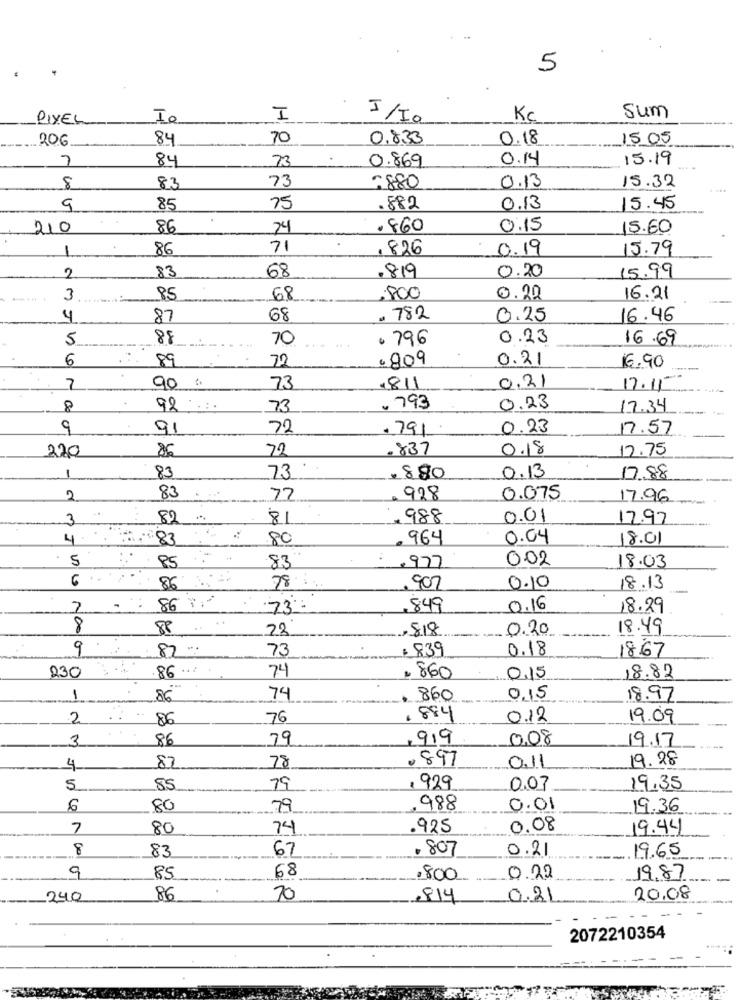
5
PIXEL
Io
I
I/I0
Kc
sum
206
84
70
0.8.33
0.18
1505
7
84
73
0.869
0.14
15.19
73
15.32
8
83
1880
0.13
9
85
75
. 882
0.13
15.45
210
86
74
.860
0:15
15.60
1
86
71
. 826
0.19
15.79
0.20
2
83
68
.819
15.99
3
85
68
800
0.20
16.21
4
87
68
. 782
0.25
16.46
5
88
70
. 796
0.23
16.69
6
89
72
-809
0.21
16.90
7
90 %
73
.811
0.21
17.11
8
92 ..
73
. 793
0.23
17.34
9
91
72
. 791
0.23
17.57
220
86
72
837
0.18
12.75
1
83
73
. 880
0.13
2
83
72
928
0.075
17.96
3
82
81
988
0.01
17.97
4.
83
80
964
0.04
18.01
5
0.02
18.03
85
83
.977
6 .
86
78:
, 907
0.10
18.13
86 .
2
73:
.849
0.16
18.29
8
88
22
,818
0.20
18.49
9
87 .
73
$ 839
0.18
1867
230
86 ....
74
. 860
0.15
18.82
1
86
74
860
0,15
18.97
2
86
76
. 884
0.12
19.09
3
86
79
,9,9
0.08
19.17
.897
19.28
4
87
78
011
5
85
79
. 929
0.07
19.35
6
80
79
988
0.01
19.36
7
80
74
.925
0.08
19.44
8
83
67
. 807
0.21
19.65
9
68
85
,800
0.22
19.87
240
86
70
814
0.21
20.08
2072210354